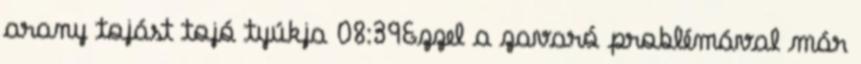
arany tojást tojó tyúkja 08:39Ezzel a zavaró problémával már